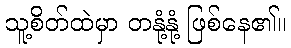
သူ့စိတ်ထဲမှာ တနုံ့နုံ့ ဖြစ်နေ၏။